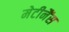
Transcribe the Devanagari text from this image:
मेटीनैंस